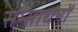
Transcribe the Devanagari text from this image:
सम्साधनों